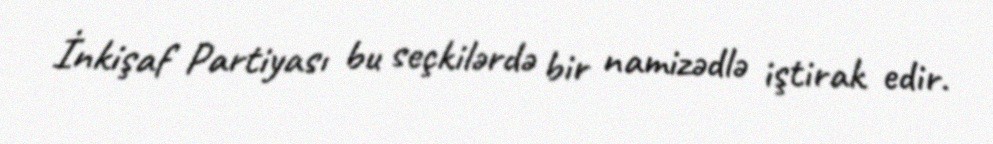
İnkişaf Partiyası bu seçkilərdə bir namizədlə iştirak edir.